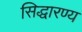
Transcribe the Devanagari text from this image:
सिद्धारण्य